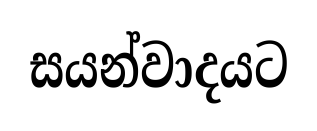
සයන්වාදයට